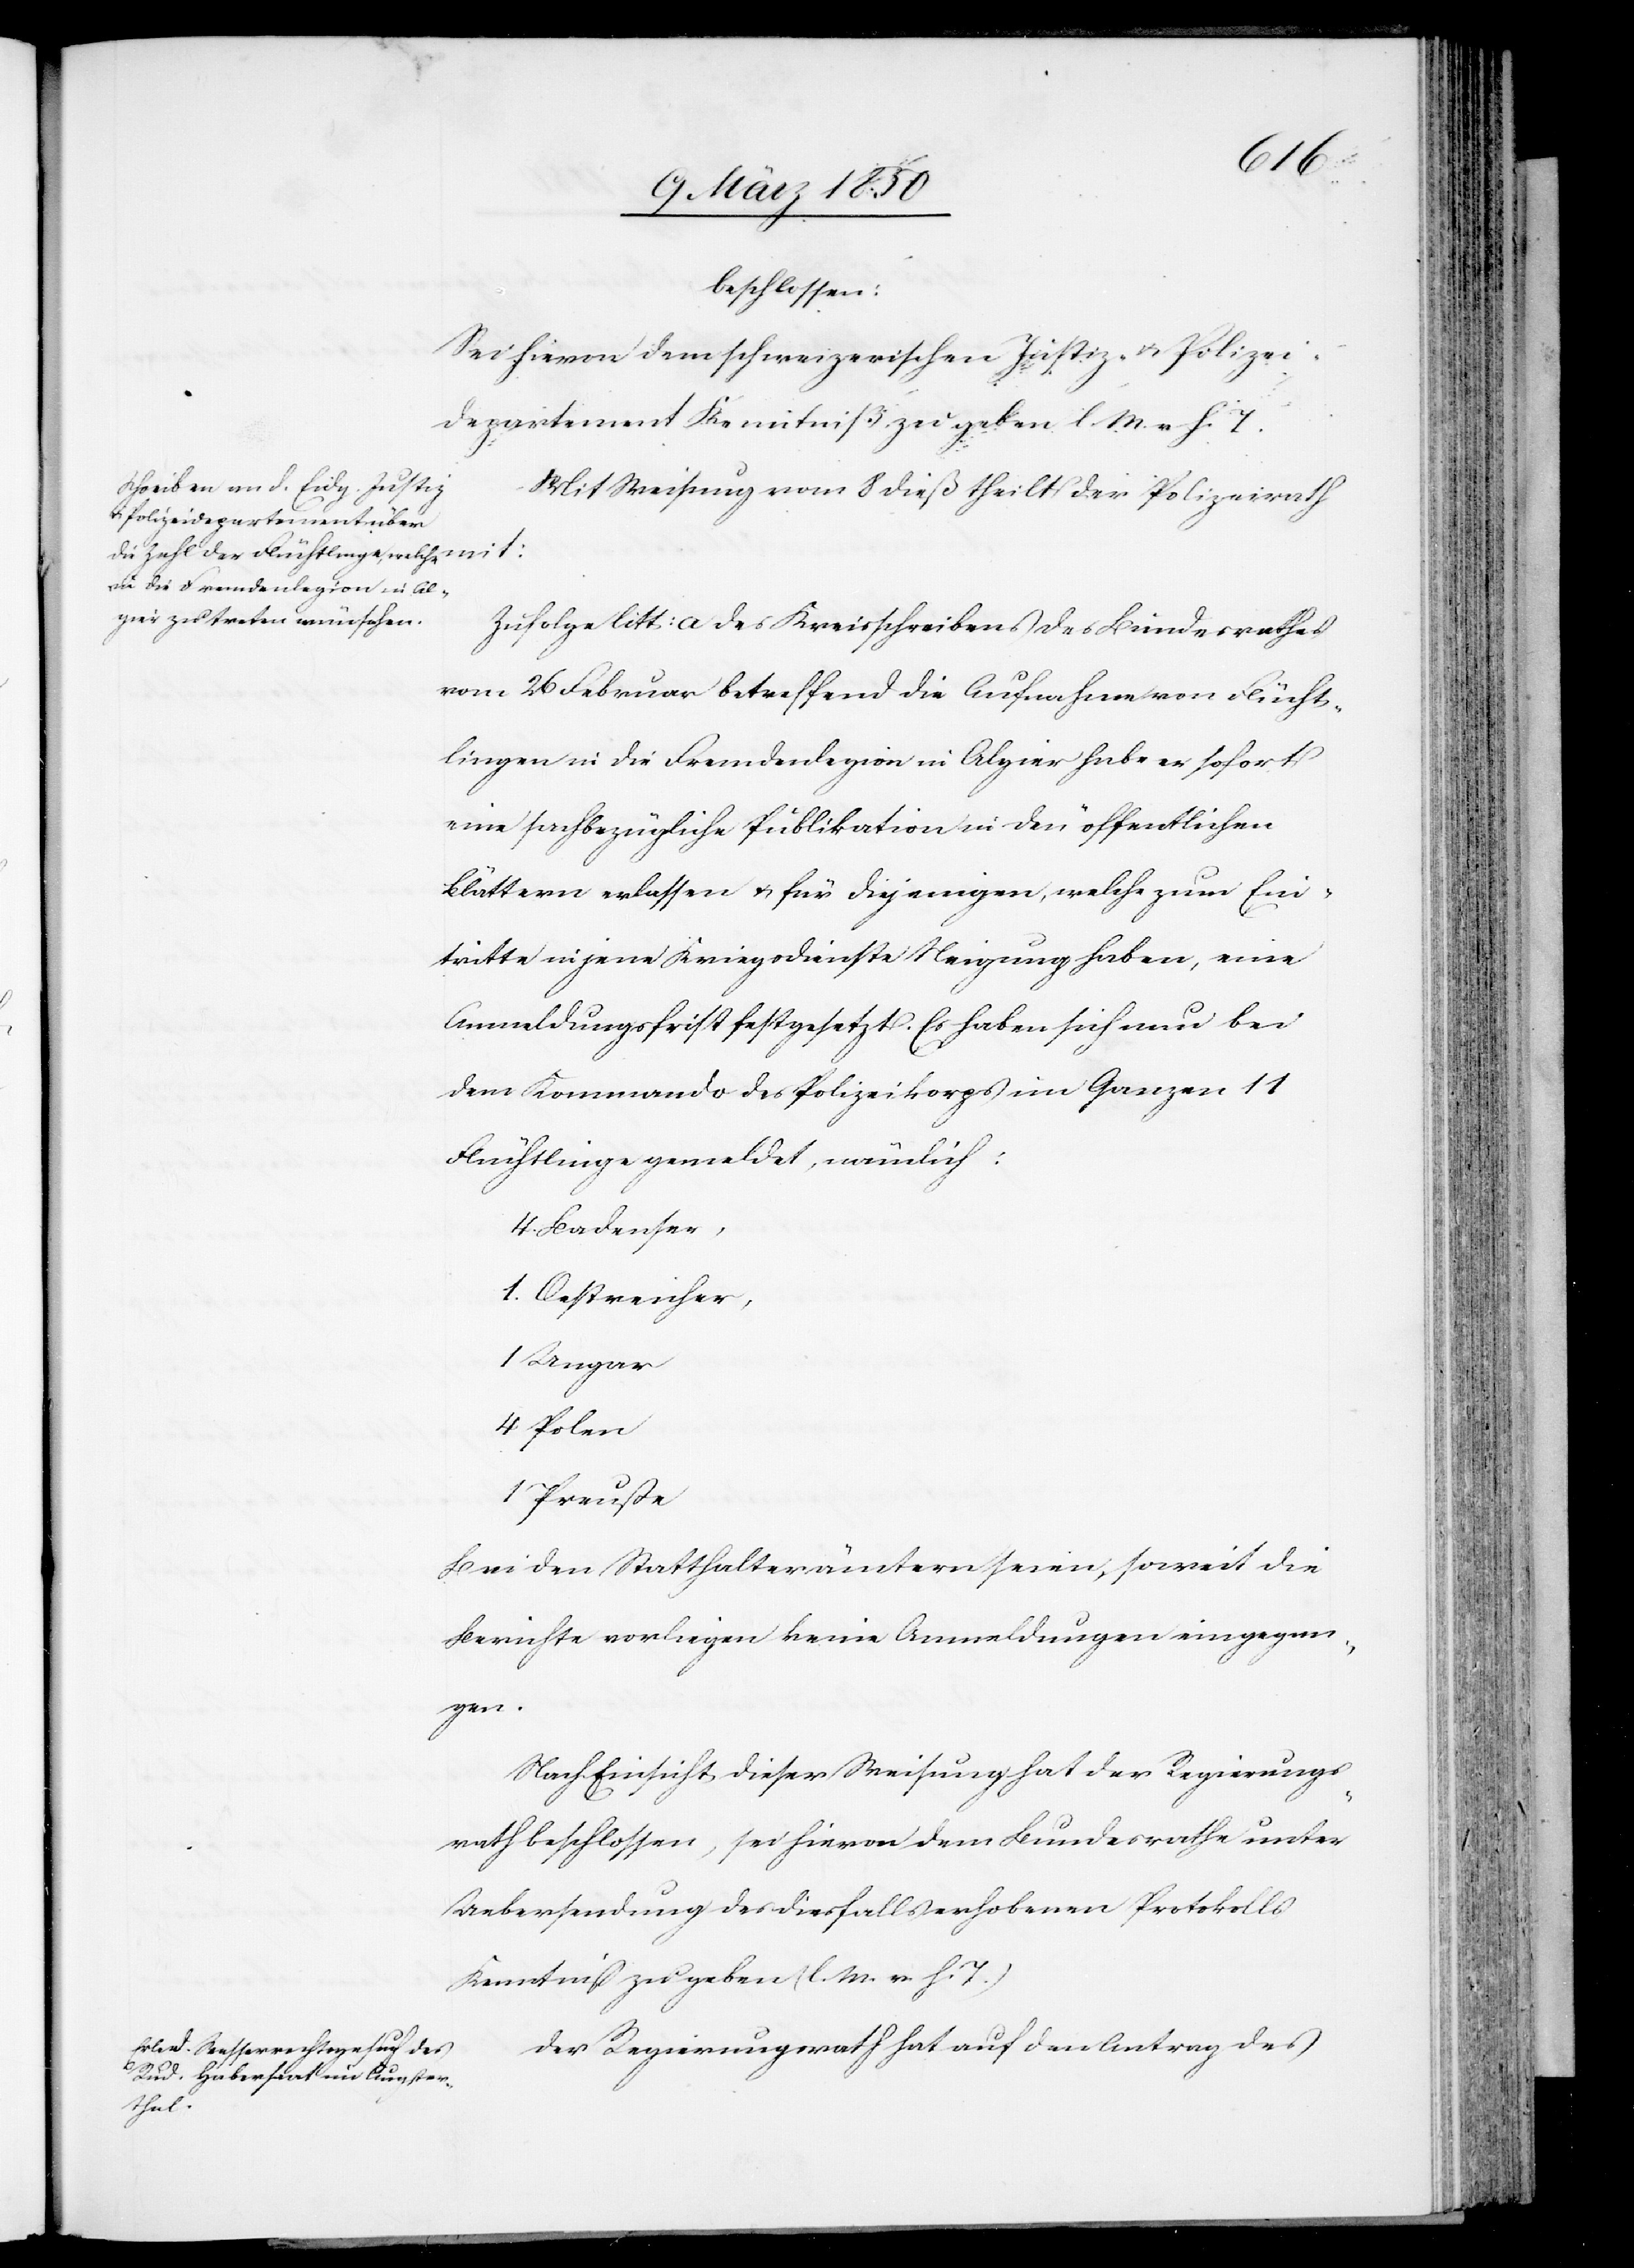
beschlossen:
Sei hievon dem schweizerischen Justiz- u. Polizei¬
departement Kenntniß zu geben l. M. v. h. T.
Mit Weisung vom 8 dieß theilt der Polizeirath
Zufolge litt: a des Kreisschreibens des Bundesrathes
vom 26 Februar betreffend die Aufnahme von Flücht¬
lingen in die Fremdenlegion in Algier habe er sofort
eine sachbezügliche Publikation in den öffentlichen
Blättern erlassen u. für diejenigen, welche zum Ein¬
tritte in jene Kriegsdienste Neigung haben, eine
Anmeldungsfrist festgesetzt. Es haben sich nun bei
dem Kommando des Polizeikorps im Ganzen 11
Flüchtlinge gemeldet, nämlich:
4. Badenser,
1. Oestreicher,
1 Ungar
4 Polen
1 Preuße
Bei den Statthalterämtern seien, soweit die
Berichte vorliegen keine Anmeldungen eingegan¬
gen.
Nach Einsicht dieser Weisung hat der Regierungs¬
rath beschlossen, sei hievon dem Bundesrathe unter
Uebersendung des diesfalls erhobenen Protokolls
Kenntniß zu geben (l. M. v. h. T.)
Der Regierungsrath hat auf den Antrag des